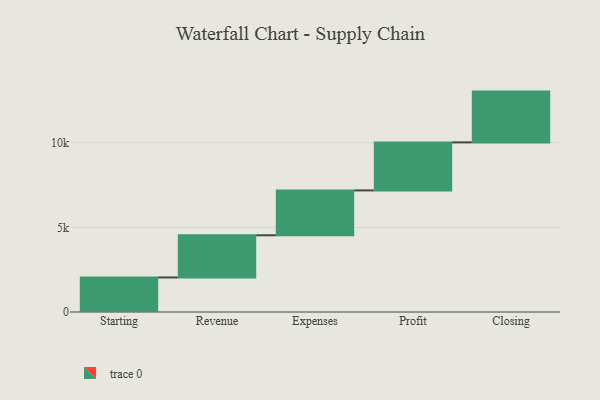
{"axis": {"x": "Step", "y": "Value"}, "legend": [""], "data": [{"x": "Starting", "y": 2040.0, "type": ""}, {"x": "Revenue", "y": 2492.0, "type": ""}, {"x": "Expenses", "y": 2651.0, "type": ""}, {"x": "Profit", "y": 2837.0, "type": ""}, {"x": "Closing", "y": 3000, "type": ""}]}